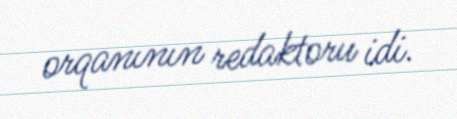
orqanının redaktoru idi.